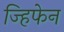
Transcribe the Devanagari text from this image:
ज्हिफेन